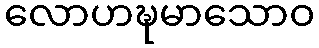
လောဟဍ္ဎမာသောဝ